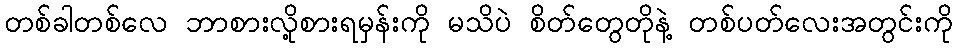
တစ်ခါတစ်လေ ဘာစားလို့စားရမှန်းကို မသိပဲ စိတ်တွေတိုနဲ့ တစ်ပတ်လေးအတွင်းကို